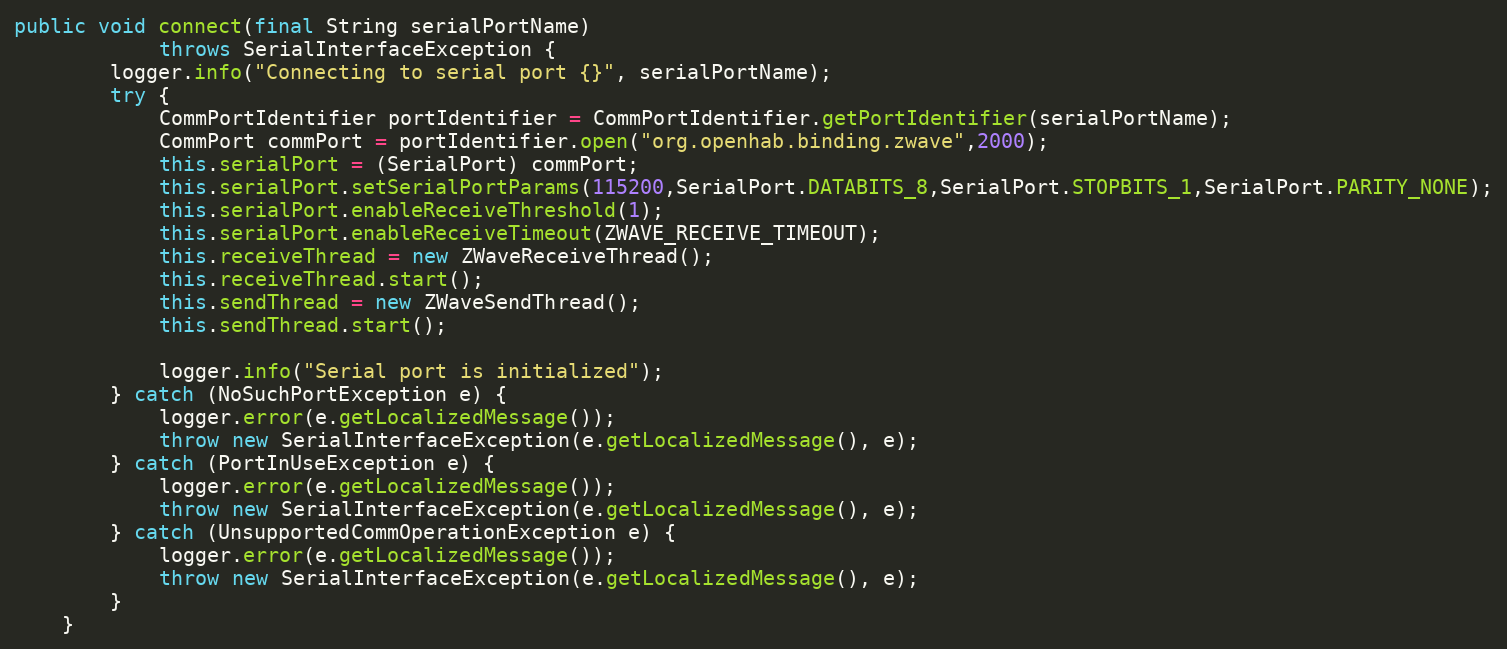
Language: Java
public void connect(final String serialPortName)
			throws SerialInterfaceException {
		logger.info("Connecting to serial port {}", serialPortName);
		try {
			CommPortIdentifier portIdentifier = CommPortIdentifier.getPortIdentifier(serialPortName);
			CommPort commPort = portIdentifier.open("org.openhab.binding.zwave",2000);
			this.serialPort = (SerialPort) commPort;
			this.serialPort.setSerialPortParams(115200,SerialPort.DATABITS_8,SerialPort.STOPBITS_1,SerialPort.PARITY_NONE);
			this.serialPort.enableReceiveThreshold(1);
			this.serialPort.enableReceiveTimeout(ZWAVE_RECEIVE_TIMEOUT);
			this.receiveThread = new ZWaveReceiveThread();
			this.receiveThread.start();
			this.sendThread = new ZWaveSendThread();
			this.sendThread.start();

			logger.info("Serial port is initialized");
		} catch (NoSuchPortException e) {
			logger.error(e.getLocalizedMessage());
			throw new SerialInterfaceException(e.getLocalizedMessage(), e);
		} catch (PortInUseException e) {
			logger.error(e.getLocalizedMessage());
			throw new SerialInterfaceException(e.getLocalizedMessage(), e);
		} catch (UnsupportedCommOperationException e) {
			logger.error(e.getLocalizedMessage());
			throw new SerialInterfaceException(e.getLocalizedMessage(), e);
		}
	}